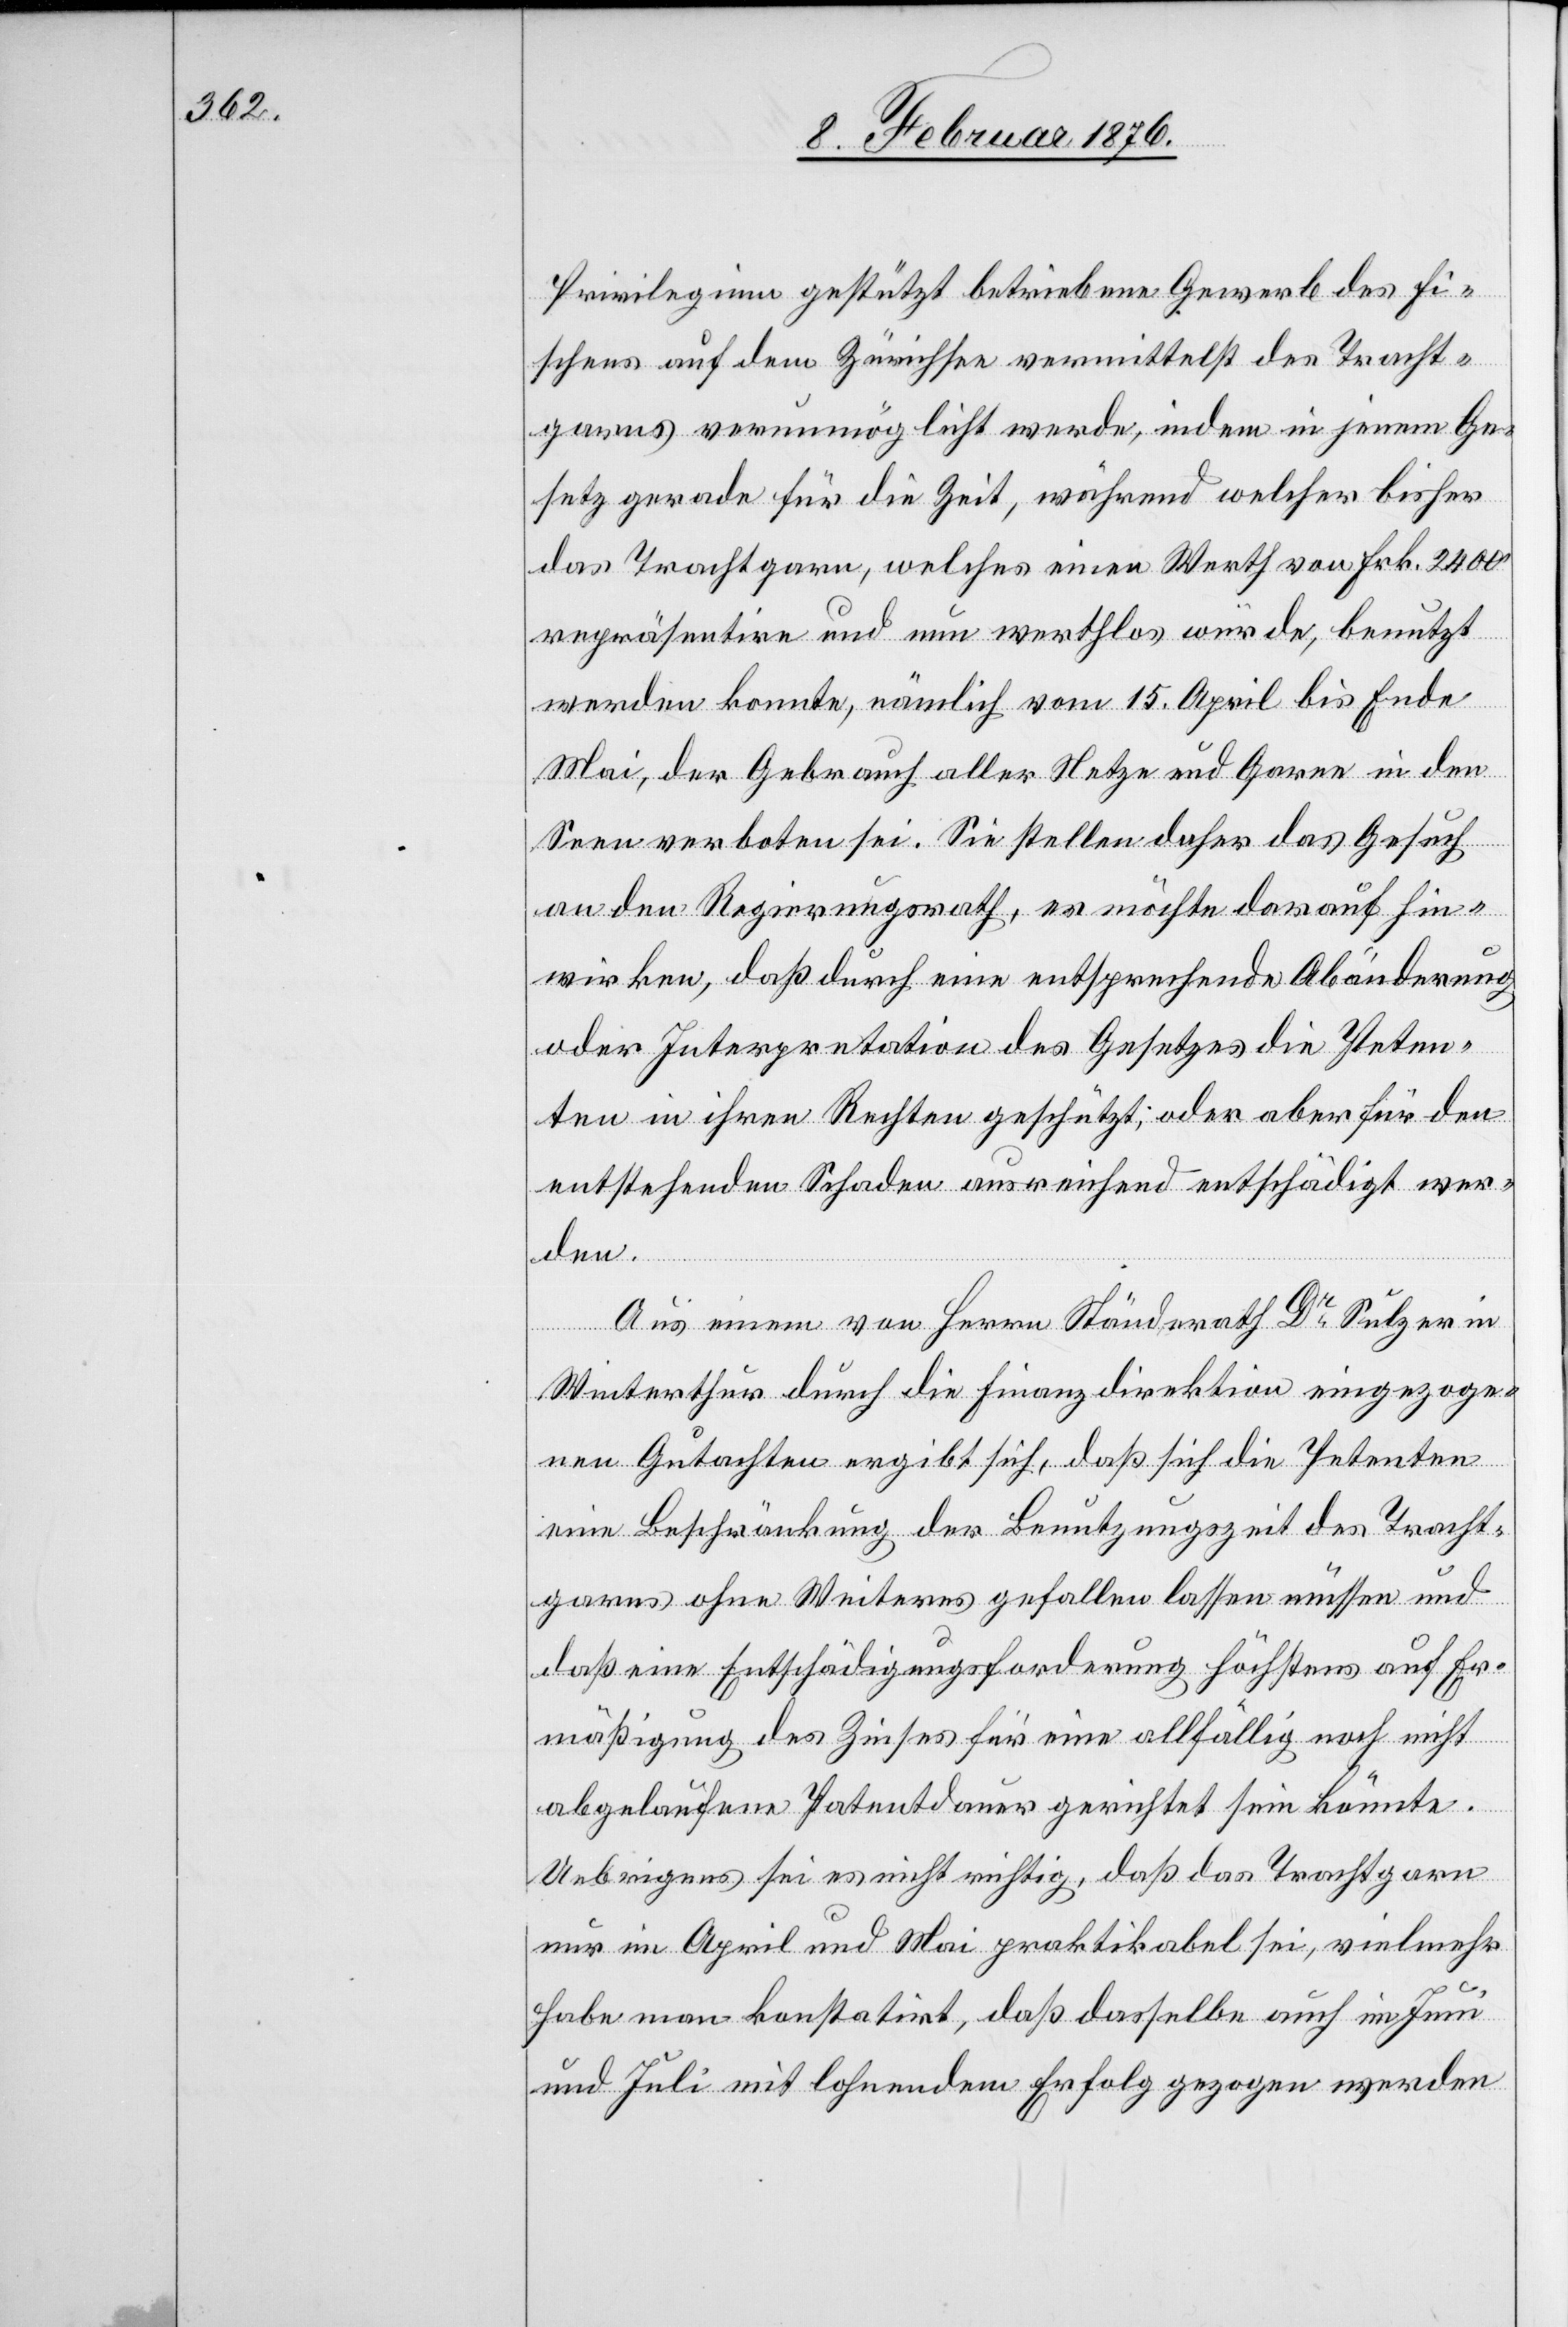
Privilegien gestützt betriebene Gewerbe des Fi¬
schens auf dem Zürichsee vermittelß der Tracht¬
garns verunmöglicht werde, indem in jenem Ge¬
setz gerade für die Zeit, während welcher bisher
das Trachtgarn, welches einen Werth von Frk. 2400
repräsentiere und nun werthlos würde, benutzt
werden konnte, nämlich vom 15. April bis Ende
Mai, der Gebrauch aller Netze und Garne in den
Seen verboten sei. Sie stellen daher das Gesuch
an den Regierungsrath, er möchte auf das hin¬
wirken, daß durch eine entsprechende Abänderung
oder Interpretation des Gesetzes die Peten¬
ten in ihren Rechten geschützt; oder aber für den
entstehenden Schaden ausreichend entschädigt wer¬
den.
Aus einem von Herrn Ständerath Dr Sulzer in
Winterthur durch die Finanzdirektion eingegange¬
nen Gutachten ergibt sich, daß sich die Petenten
eine Beschränkung der Benutzungszeit des Tracht¬
garns ohne Weiteres gefallen lassen müssen und
daß eine Entschädigungsforderung höchstens auf Er¬
mäßigung des Zinses für eine allfällig noch nicht
abgelaufene Patentdauer gerichtet sein könnte.
Uebrigens sei es nicht richtig, daß das Trachtgarn
nur im April und Mai praktikabel sei, vielmehr
habe man konstatirt, daß dasselbe auch im Juni
und Juli mit lohnendem Erfolg gezogen werden